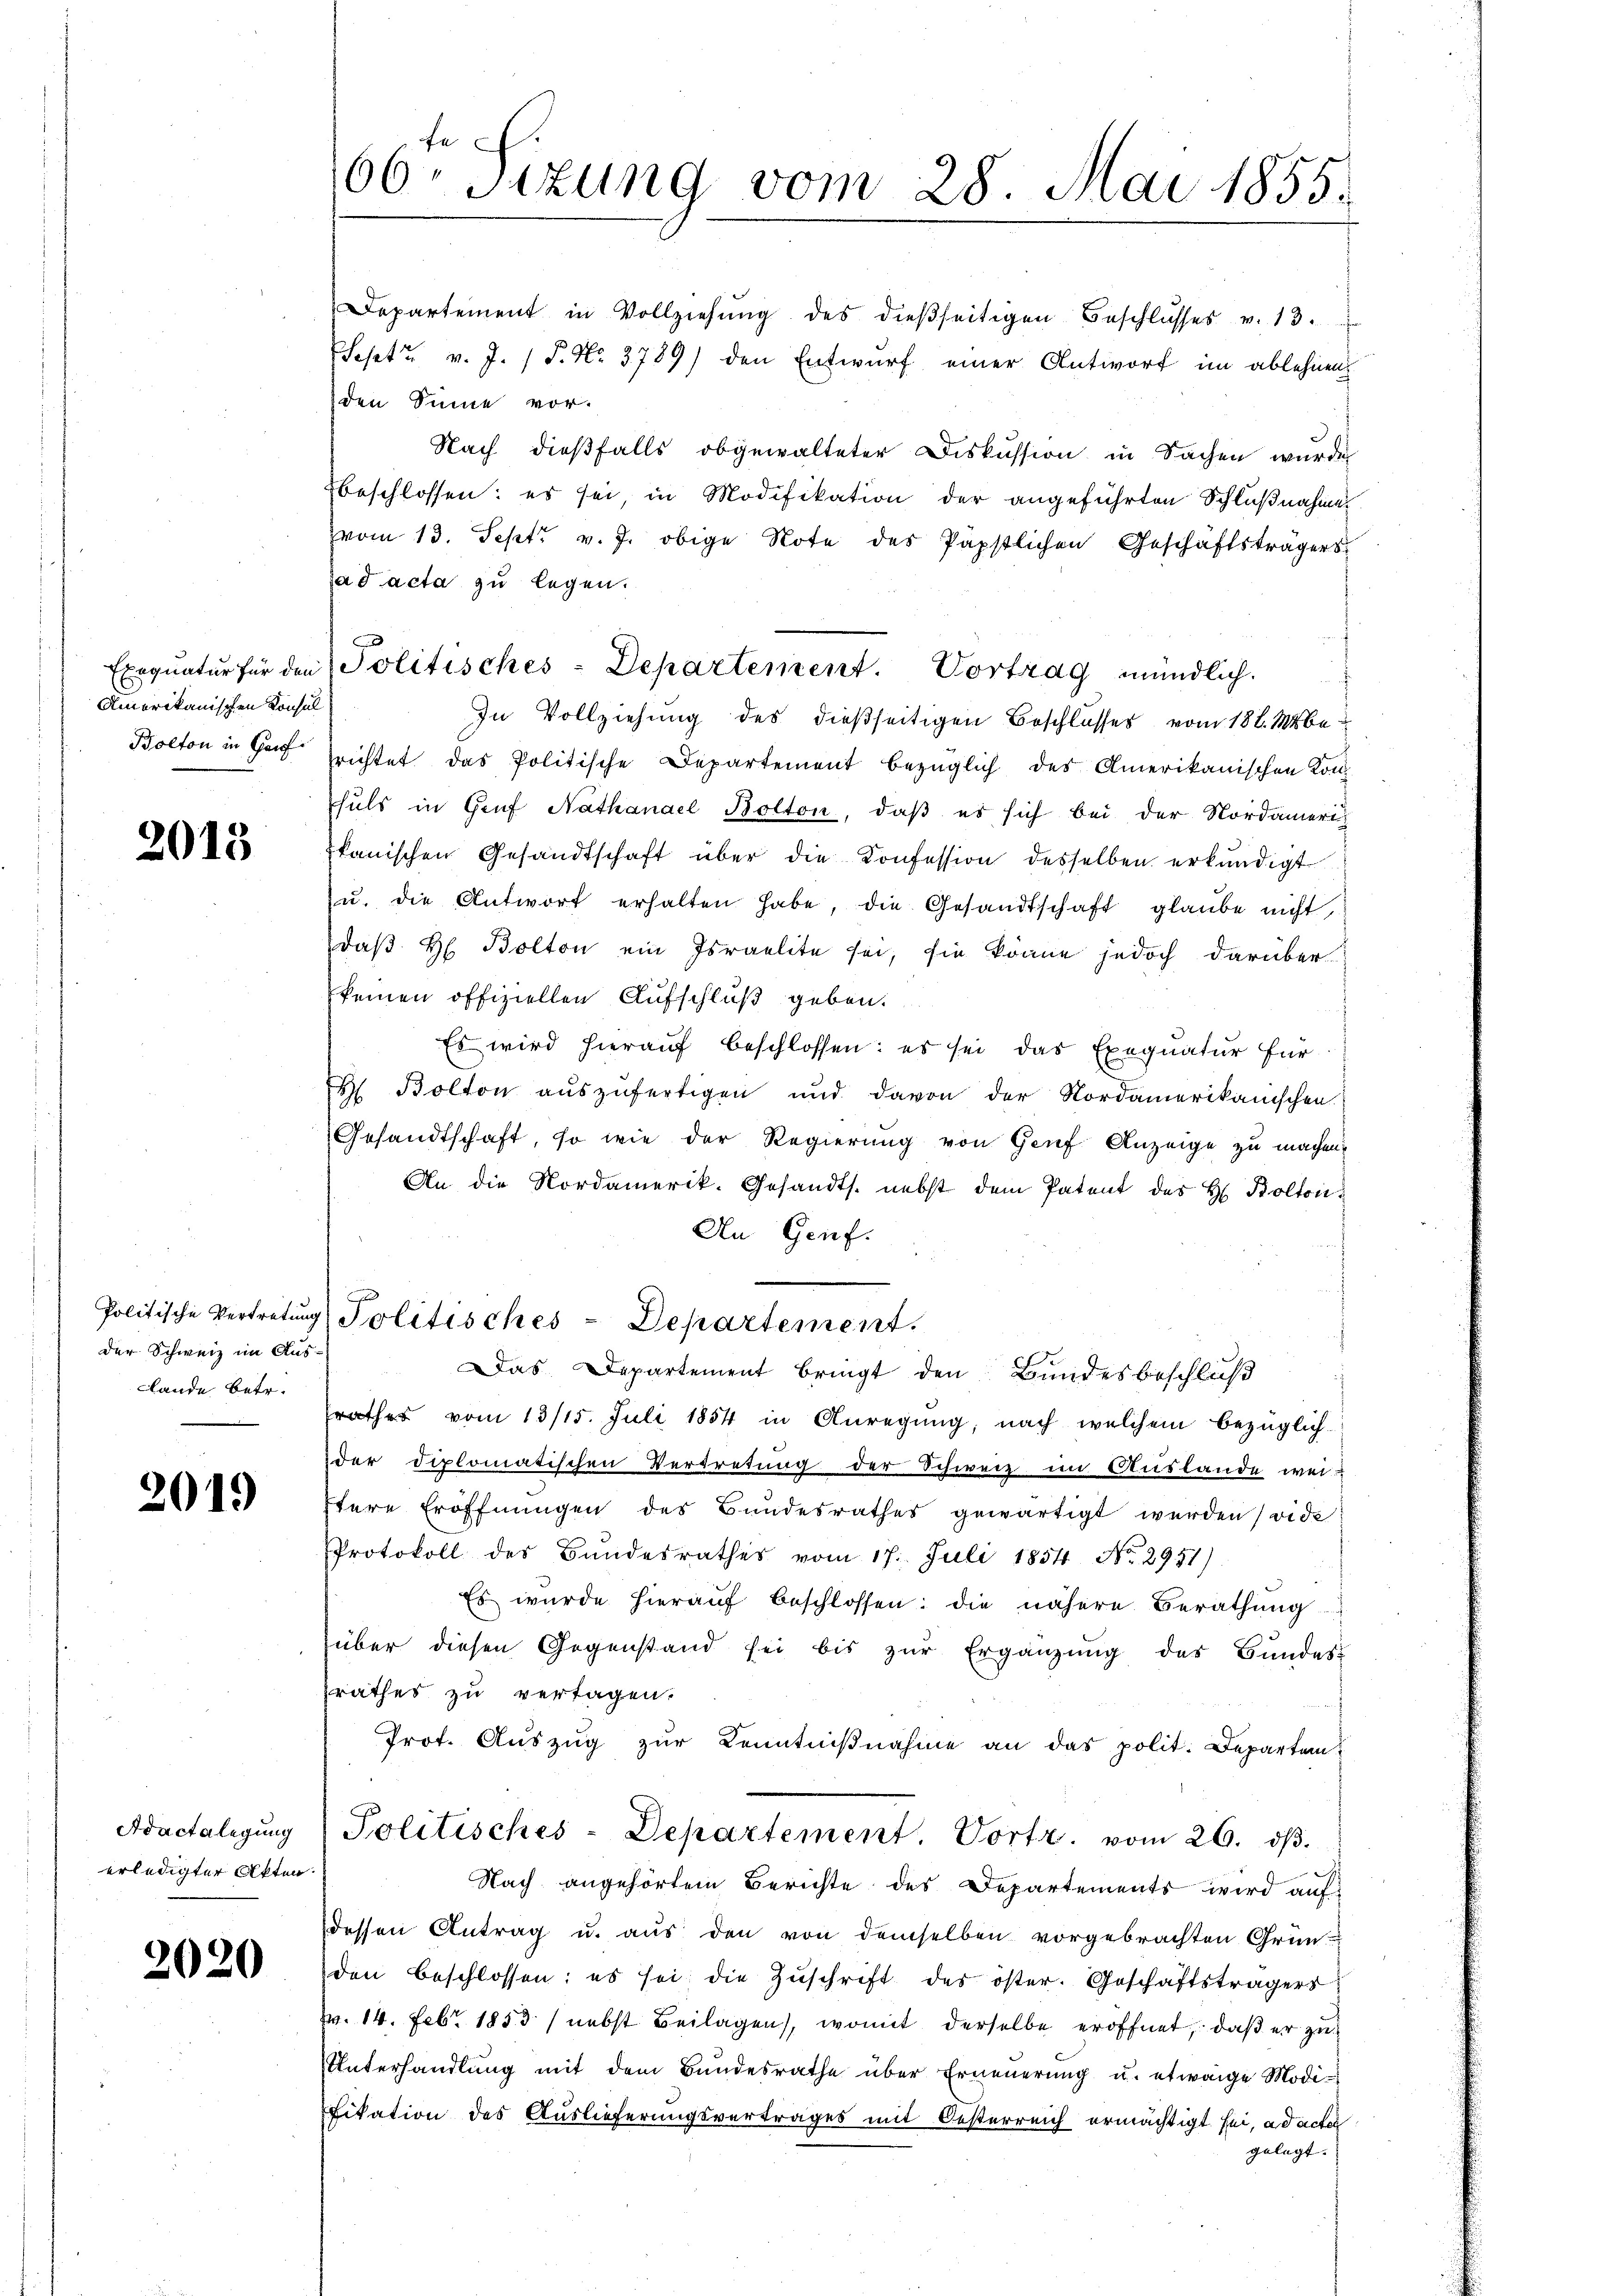
Amerikanischen Konsul
Bolton in Gauf¬

2015

der Schweiz im Aus¬
Lande betr.

2019

Adactalegung
erledigter Akten.

2020

66. Sizung vom 28. Mai 1855.

Departement in Vollziehŭng des dießseitigen Beschlŭsses v. 13.
(Sept v. J. P. Nr. 3789) den Entwurf einer Antworf im ablehnen,
den Sinne vor.
Nach dießfalls obgewalteter Diskussion in Sachen wurde
beschlossen: es sei in Modifikation der angeführten Schlußnahme
vom 13. Sept. v. J. obige Note des Päpstlichen Geschäftsträgers
ad acta zu legen.
In Vollziehung des dießseitigen Beschlusses vom 18. Mberichtet das Politische Departement bezüglich des Amerikanischen Kon-
fhuls in Genf Nathanael Bolton, daß es sich bei der Nordamerikanischen Gesandtschaft über die Konfession desselben erkundigt
u. die Antwort erhalten habe, die Gesandtschaft glaube nicht,
daβ H. Bolton ein Israelite sei, sie könne jedoch darüber
keinen offiziellen Aufschluß geben.
Es wird hierauf beschlossen: es sei das Exequatur für
H Bolton auszufertigen und davon der Nordamerikanischen.
Gesandtschaft, so wie der Regierung von Genf Anzeige zu machen.
An die Nordamerik. Gesandts. nebst dem Patent des H. Bolton¬
An Genf.
x
Politische Vertretŭng Politisches - Departement.
Das Departement bringt den Bundesbeschluß
rathes vom 13/15. Juli 1854 in Anregung, nach welchem bezüglich-
der diplomatischen Vertretung der Schweiz im Auslande wei-
Itere Eröffnungen des Bundesrathes gewärtigt werden wide
Protokoll des Bundesrathes vom 17. Juli 1854 No. 2951)
Es wurde hieraŭf beschlossen: die nähere Berathŭng
über diesen Gegenstand sei bis zŭr Ergänzŭng des Bundes-
srathes zu vertagen.
Prot. Auszug zur Kenntnißnahme an das polit. Departen
Politisches-Departement. Vortr. vom 26. dβ.
Nach angehörtem Berichte des Departements wird auf
dessen Antrag u. aus den von demselben vorgebrachten Grün
den beschlossen: es sei die Zŭschrift des öster. Geschäftsträgers
. 14. Febr. 1853 / nebst Beilagen, womit derselbe eröffnet, daß er zu
Unterhandlung mit dem Bundesrathe über Erneuerung u. etwaige Modi-
fikation des Auslieferungsvertrages mit Oesterreich ermächtigt sei, ad actes
gelegt.

Exequatur für den Politisches - Departement. Vortrag mündlich.